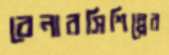
বেনারসিশিল্পের